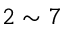
2 \sim 7